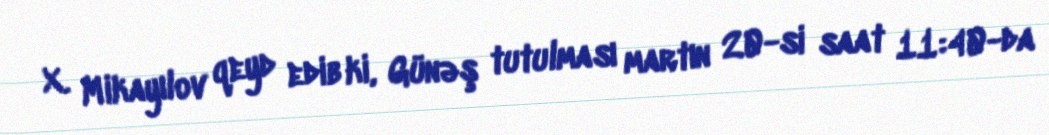
X. Mikayılov qeyd edib ki, Günəş tutulması martın 20-si saat 11:40-da